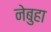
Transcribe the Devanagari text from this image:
नेबुहा